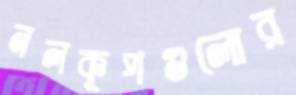
নলকূপগুলোর